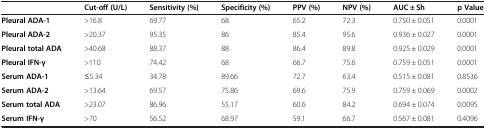
|  | Cut-off (U/L) | Sensitivity (%) | Specificity (%) | PPV (%) | NPV (%) | AUC ± Sh | p Value |
 | --- | --- | --- | --- | --- | --- | --- | --- |
 | Pleural ADA-1 | >16.8 | 69.77 | 68 | 65.2 | 72.3 | 0.750 ± 0.051 | 0.0001 |
 | Pleural ADA-2 | >20.37 | 95.35 | 86 | 85.4 | 95.6 | 0.936 ± 0.027 | 0.0001 |
 | Pleural total ADA | >40.68 | 88.37 | 88 | 86.4 | 89.8 | 0.925 ± 0.029 | 0.0001 |
 | Pleural IFN-γ | >110 | 74.42 | 68 | 66.7 | 75.6 | 0.759 ± 0.051 | 0.0001 |
 | Serum ADA-1 | ≤5.34 | 34.78 | 89.66 | 72.7 | 63.4 | 0.515 ± 0.081 | 0.8536 |
 | Serum ADA-2 | >13.64 | 69.57 | 75.86 | 69.6 | 75.9 | 0.759 ± 0.069 | 0.0002 |
 | Serum total ADA | >23.07 | 86.96 | 55.17 | 60.6 | 84.2 | 0.694 ± 0.074 | 0.0095 |
 | Serum IFN-γ | >70 | 56.52 | 68.97 | 59.1 | 66.7 | 0.567 ± 0.081 | 0.4096 |